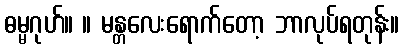
ဓမ္မဂုဟ်။ ။ မန္တလေးရောက်တော့ ဘာလုပ်ရတုန်း။